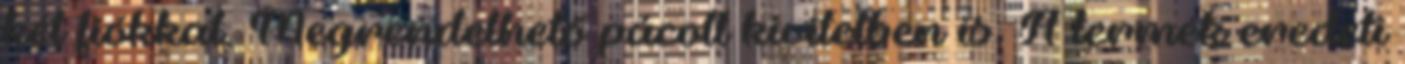
két fiókkal. Megrendelhető pácolt kivitelben is. A termék eredeti